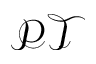
\mathcal { P T }